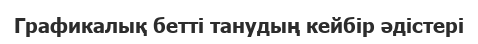
Графикалық бетті танудың кейбір әдістері